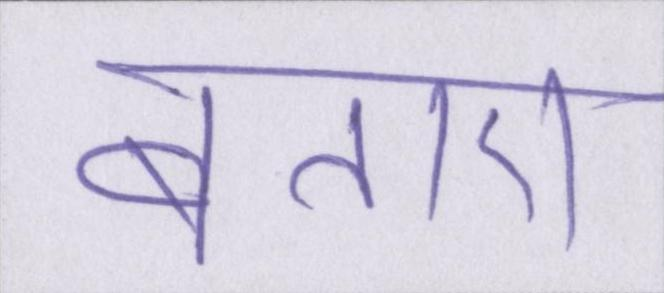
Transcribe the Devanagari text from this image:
बताए